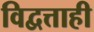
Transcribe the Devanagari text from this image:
विद्वत्ताही